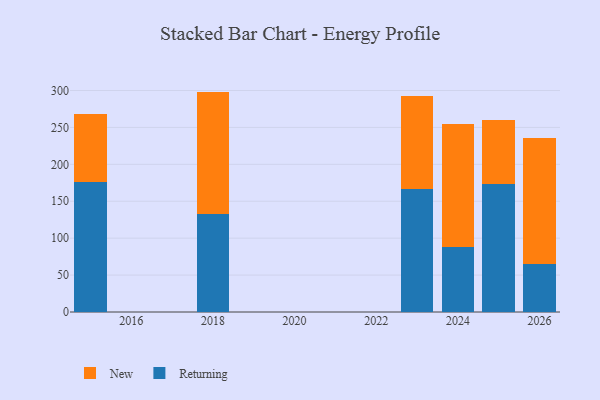
{"axis": {"x": "Year", "y": "Revenue (USD Million)"}, "legend": ["New", "Returning"], "data": [{"x": "2018", "y": 133.3, "type": "Returning"}, {"x": "2018", "y": 165.2, "type": "New"}, {"x": "2024", "y": 87.6, "type": "Returning"}, {"x": "2024", "y": 167.6, "type": "New"}, {"x": "2015", "y": 176.0, "type": "Returning"}, {"x": "2015", "y": 92.2, "type": "New"}, {"x": "2026", "y": 64.5, "type": "Returning"}, {"x": "2026", "y": 171.0, "type": "New"}, {"x": "2025", "y": 173.3, "type": "Returning"}, {"x": "2025", "y": 86.9, "type": "New"}, {"x": "2023", "y": 166.3, "type": "Returning"}, {"x": "2023", "y": 126.1, "type": "New"}]}